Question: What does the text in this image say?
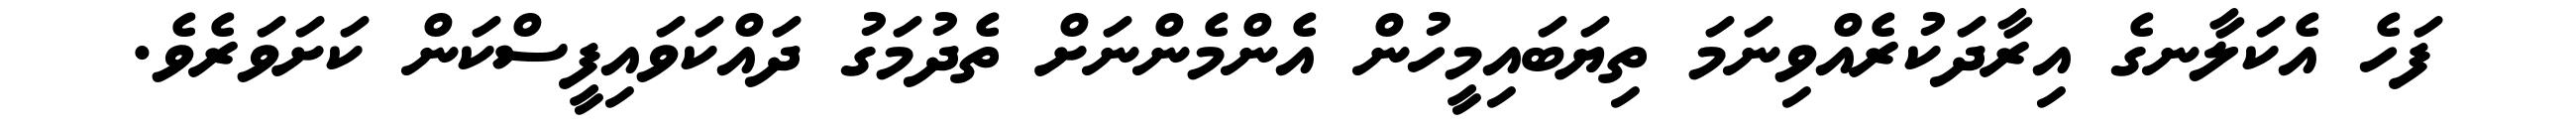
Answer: ފަހެ އެކަލާނގެ އިރާދަކުރެއްވިނަމަ ތިޔަބައިމީހުން އެންމެންނަށް ތެދުމަގު ދައްކަވައިފީސްކަން ކަށަވަރެވެ.